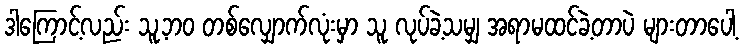
ဒါကြောင့်လည်း သူ့ဘဝ တစ်လျှောက်လုံးမှာ သူ လုပ်ခဲ့သမျှ အရာမထင်ခဲ့တာပဲ များတာပေါ့